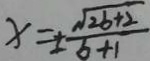
x = \pm \frac { \sqrt { 2 b + 2 } } { b + 1 }